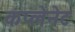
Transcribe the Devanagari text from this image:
कंप्लेनेट